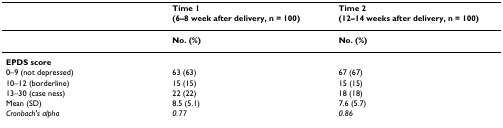
|  | Time 1 (6–8 week after delivery, n = 100) | Time 2 (12–14 weeks after delivery, n = 100) |
 | --- | --- | --- |
 |  | No. (%) | No. (%) |
 | EPDS score |  |  |
 | 0–9 (not depressed) | 63 (63) | 67 (67) |
 | 10–12 (borderline) | 15 (15) | 15 (15) |
 | 13–30 (case ness) | 22 (22) | 18 (18) |
 | Mean (SD) | 8.5 (5.1) | 7.6 (5.7) |
 | Cronbach's alpha | 0.77 | 0.86 |